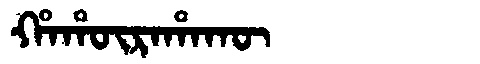
Manchu: ᡥᠠᡥᡡᡵᠠᡥᠠᡴᡡ
Romanization: HAHŪRAHAKŪ